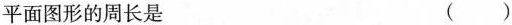
平面图形的周长是 ()